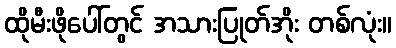
ထိုမီးဖိုပေါ်တွင် အသားပြုတ်အိုး တစ်လုံး။